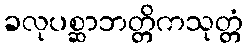
ခလုပစ္ဆာဘတ္တိကသုတ္တံ